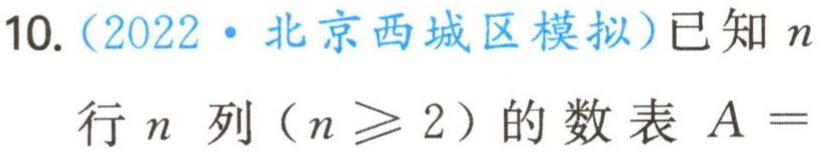
10.（2022·北京西城区模拟）已知\(n\)行\(n\)列（\(n\geqslant 2\)）的数表\(A =\)